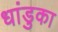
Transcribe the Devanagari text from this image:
धांडुका